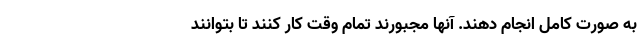
به صورت کامل انجام دهند. آنها مجبورند تمام وقت کار کنند تا بتوانند